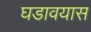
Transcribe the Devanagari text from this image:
घडावयास